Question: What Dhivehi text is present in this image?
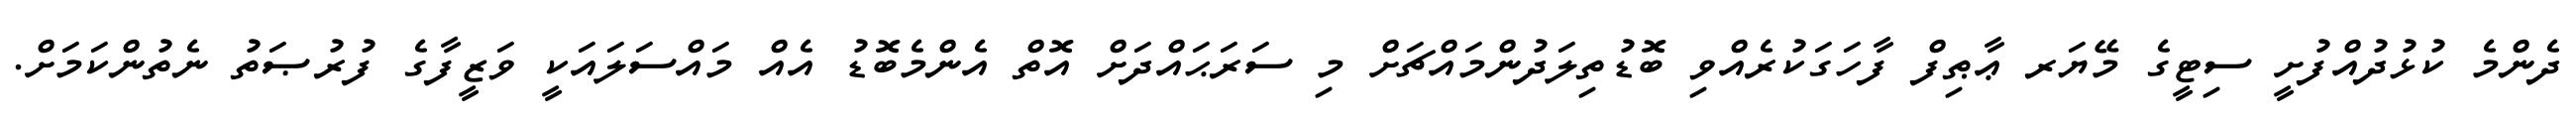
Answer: ދެންމެ ކުޅުދުއްފުށީ ސިޓީގެ މޭޔަރ ޢާޠިފް ފާހަގަކުރެއްވި ބޮޑުތިލަދުންމައްޗަށް މި ސަރަޙައްދަށް އޮތް އެންމެބޮޑު އެއް މައްސަލައަކީ ވަޒީފާގެ ފުރުޞަތު ނެތުންކަމަށް.